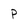
Character: P